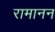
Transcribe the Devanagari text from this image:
रामानन